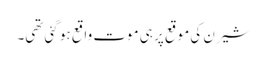
شیرن کی موقع پر ہی موت واقع ہو گئی تھی۔